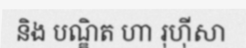
និង បណ្ឌិត ហា រុហ៊ីសា